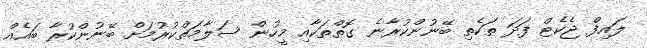
ލައިފް ޖެކެޓް ފަދަ ތަކެތި ބޭނުންކުރާނެ ގޮތްތަކާއި މީހުން ސަލާމަތްކުރުމަށް ބޭނުންކުރާ ބައެއް